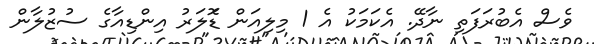
ވެސް އެބުރަފަތި ނާދޭ. އެކަމަކު އެ 1 މިލިއަން ޑޮަލަރު އިންޑިއާގެ ސުޒުލާން